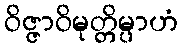
ဝိဇ္ဇာဝိမုတ္တိမ္ပာဟံ